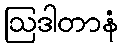
ဩဒါတာနံ